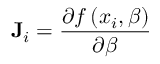
\mathbf { J } _ { i } = { \frac { \partial f \left( x _ { i } , { \boldsymbol { \beta } } \right) } { \partial { \boldsymbol { \beta } } } }